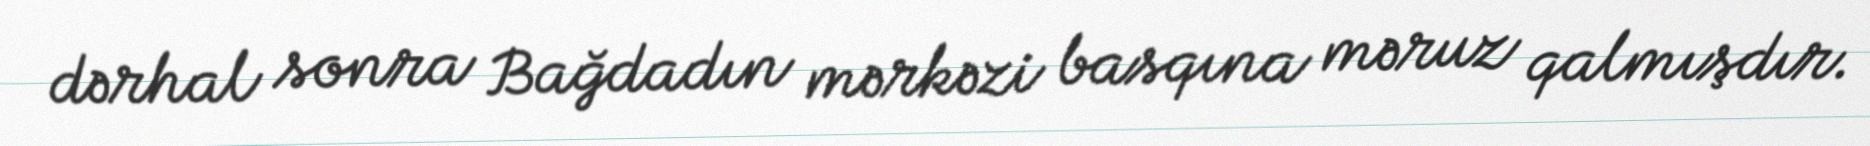
dərhal sonra Bağdadın mərkəzi basqına məruz qalmışdır.